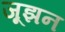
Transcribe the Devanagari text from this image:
जूझन